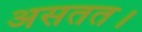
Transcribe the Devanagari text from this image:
असतत।